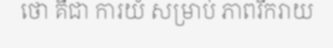
ថោ គឺជា ការយំ សម្រាប់ ភាពរីករាយ